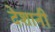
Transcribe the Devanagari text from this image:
देशानी